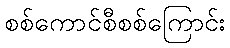
စစ်ကောင်စီစစ်ကြောင်း